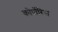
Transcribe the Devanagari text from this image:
कोर्पोरिस